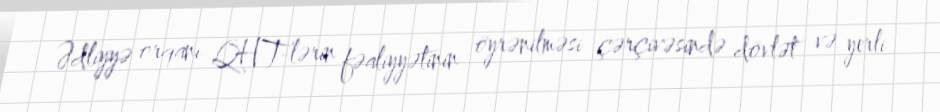
Ədliyyə orqanı QHT-lərin fəaliyyətinin öyrənilməsi çərçivəsində dövlət və yerli